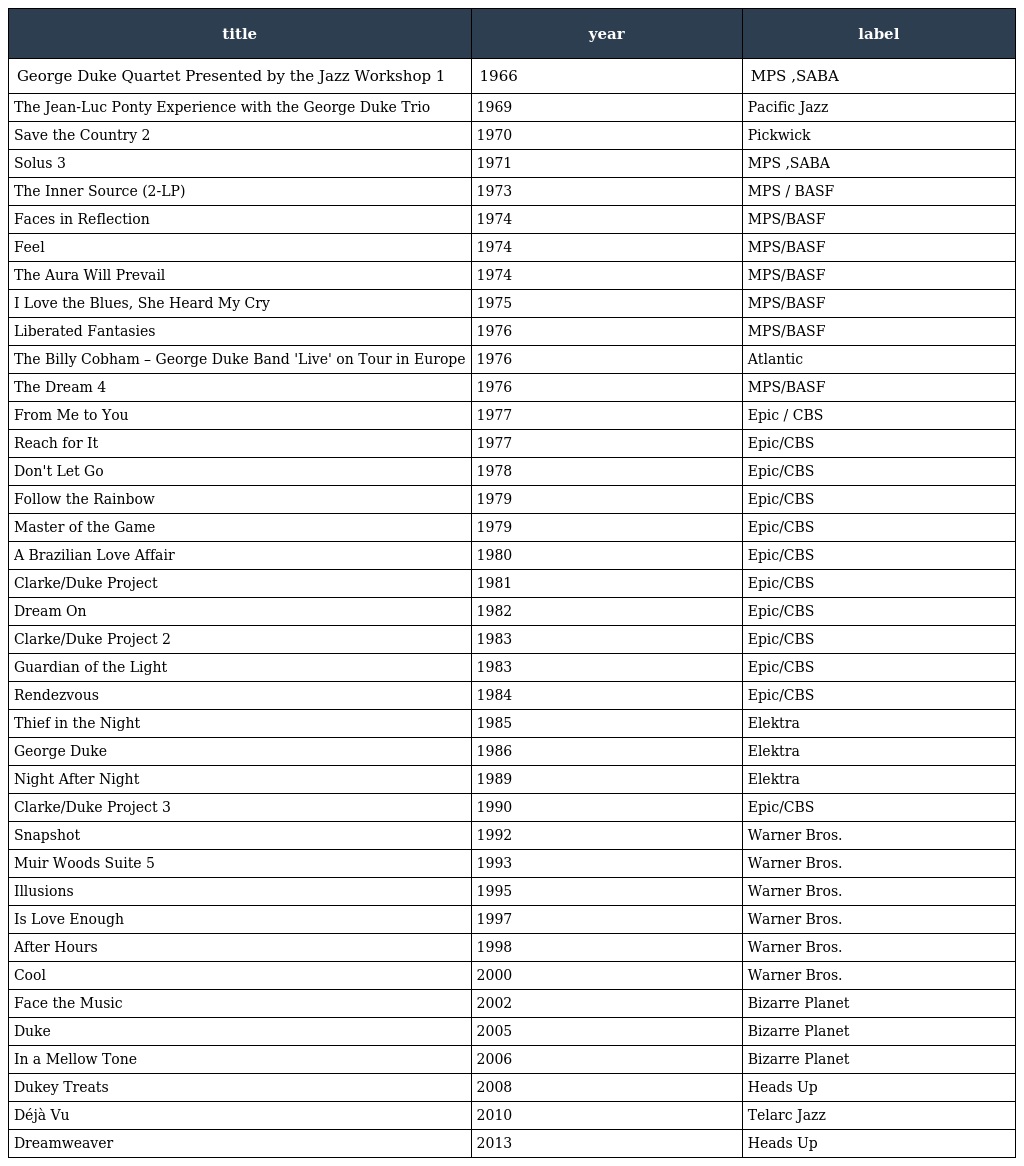
| title | year | label |
 | --- | --- | --- |
 | George Duke Quartet Presented by the Jazz Workshop 1 | 1966 | MPS ,SABA |
 | The Jean-Luc Ponty Experience with the George Duke Trio | 1969 | Pacific Jazz |
 | Save the Country 2 | 1970 | Pickwick |
 | Solus 3 | 1971 | MPS ,SABA |
 | The Inner Source (2-LP) | 1973 | MPS / BASF |
 | Faces in Reflection | 1974 | MPS/BASF |
 | Feel | 1974 | MPS/BASF |
 | The Aura Will Prevail | 1974 | MPS/BASF |
 | I Love the Blues, She Heard My Cry | 1975 | MPS/BASF |
 | Liberated Fantasies | 1976 | MPS/BASF |
 | The Billy Cobham – George Duke Band 'Live' on Tour in Europe | 1976 | Atlantic |
 | The Dream 4 | 1976 | MPS/BASF |
 | From Me to You | 1977 | Epic / CBS |
 | Reach for It | 1977 | Epic/CBS |
 | Don't Let Go | 1978 | Epic/CBS |
 | Follow the Rainbow | 1979 | Epic/CBS |
 | Master of the Game | 1979 | Epic/CBS |
 | A Brazilian Love Affair | 1980 | Epic/CBS |
 | Clarke/Duke Project | 1981 | Epic/CBS |
 | Dream On | 1982 | Epic/CBS |
 | Clarke/Duke Project 2 | 1983 | Epic/CBS |
 | Guardian of the Light | 1983 | Epic/CBS |
 | Rendezvous | 1984 | Epic/CBS |
 | Thief in the Night | 1985 | Elektra |
 | George Duke | 1986 | Elektra |
 | Night After Night | 1989 | Elektra |
 | Clarke/Duke Project 3 | 1990 | Epic/CBS |
 | Snapshot | 1992 | Warner Bros. |
 | Muir Woods Suite 5 | 1993 | Warner Bros. |
 | Illusions | 1995 | Warner Bros. |
 | Is Love Enough | 1997 | Warner Bros. |
 | After Hours | 1998 | Warner Bros. |
 | Cool | 2000 | Warner Bros. |
 | Face the Music | 2002 | Bizarre Planet |
 | Duke | 2005 | Bizarre Planet |
 | In a Mellow Tone | 2006 | Bizarre Planet |
 | Dukey Treats | 2008 | Heads Up |
 | Déjà Vu | 2010 | Telarc Jazz |
 | Dreamweaver | 2013 | Heads Up |